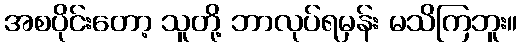
အစပိုင်းတော့ သူတို့ ဘာလုပ်ရမှန်း မသိကြဘူး။